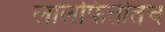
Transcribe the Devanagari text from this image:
लालफितीतच